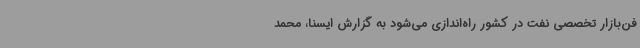
فن‌بازار تخصصی نفت در کشور راه‌اندازی می‌شود به گزارش ایسنا، محمد